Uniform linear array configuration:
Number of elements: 32
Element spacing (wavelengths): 0.75
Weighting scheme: binomial
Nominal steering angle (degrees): -15
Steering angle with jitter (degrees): -15.859
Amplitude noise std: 0.05
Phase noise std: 0.05

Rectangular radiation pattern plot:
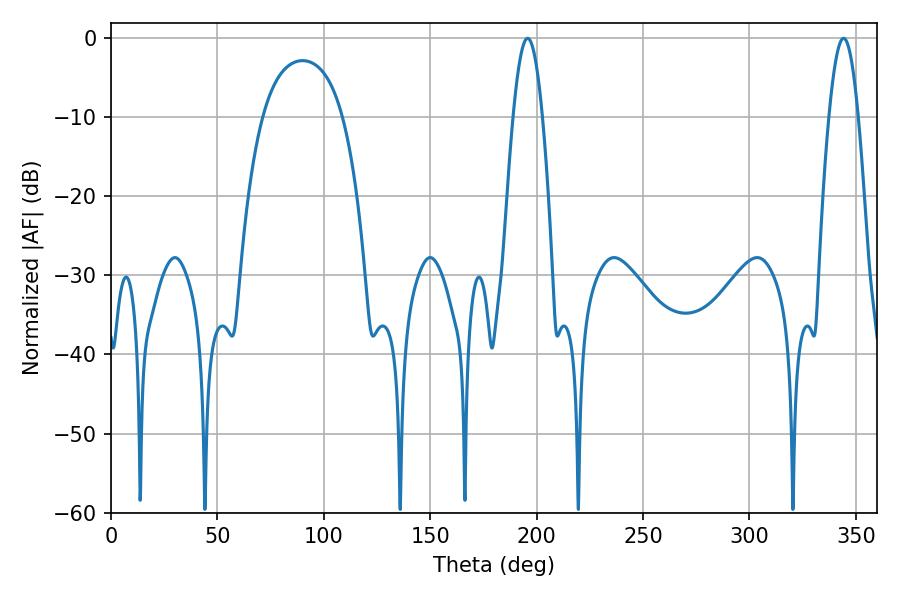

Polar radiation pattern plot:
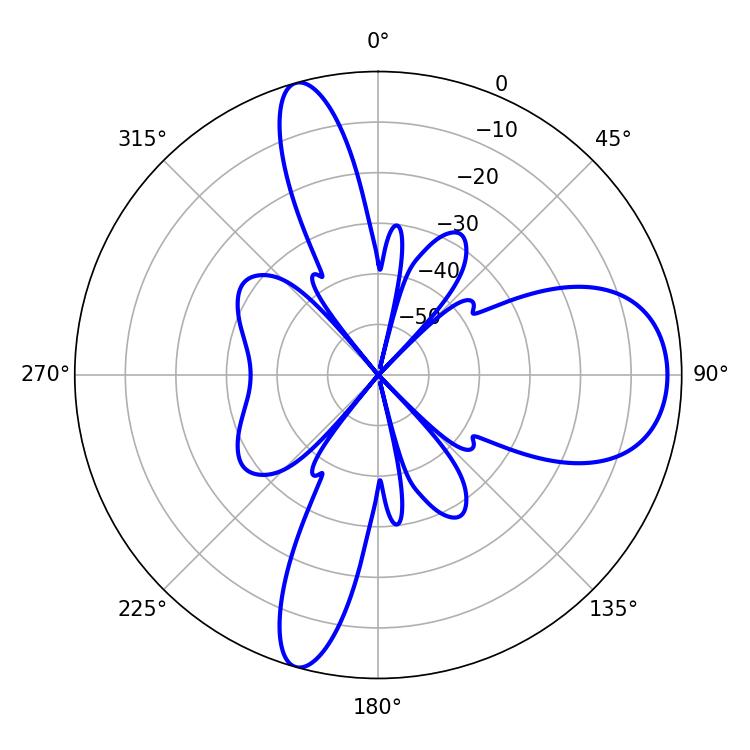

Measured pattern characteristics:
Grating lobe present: TRUE
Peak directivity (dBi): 10.911
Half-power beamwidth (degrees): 7.38
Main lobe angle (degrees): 344.16